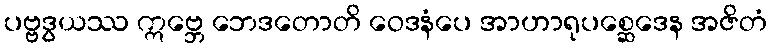
ပဗ္ဗဒွယဿ ဣဗ္ဘေ ဘေဒတောတိ ဝေဒနံပေ အာဟာရုပစ္ဆေဒေန အဇိတံ